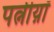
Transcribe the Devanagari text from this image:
पत्नीय़ॉ